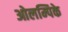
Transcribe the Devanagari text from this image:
ओलम्पिके